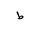
Letter: _da